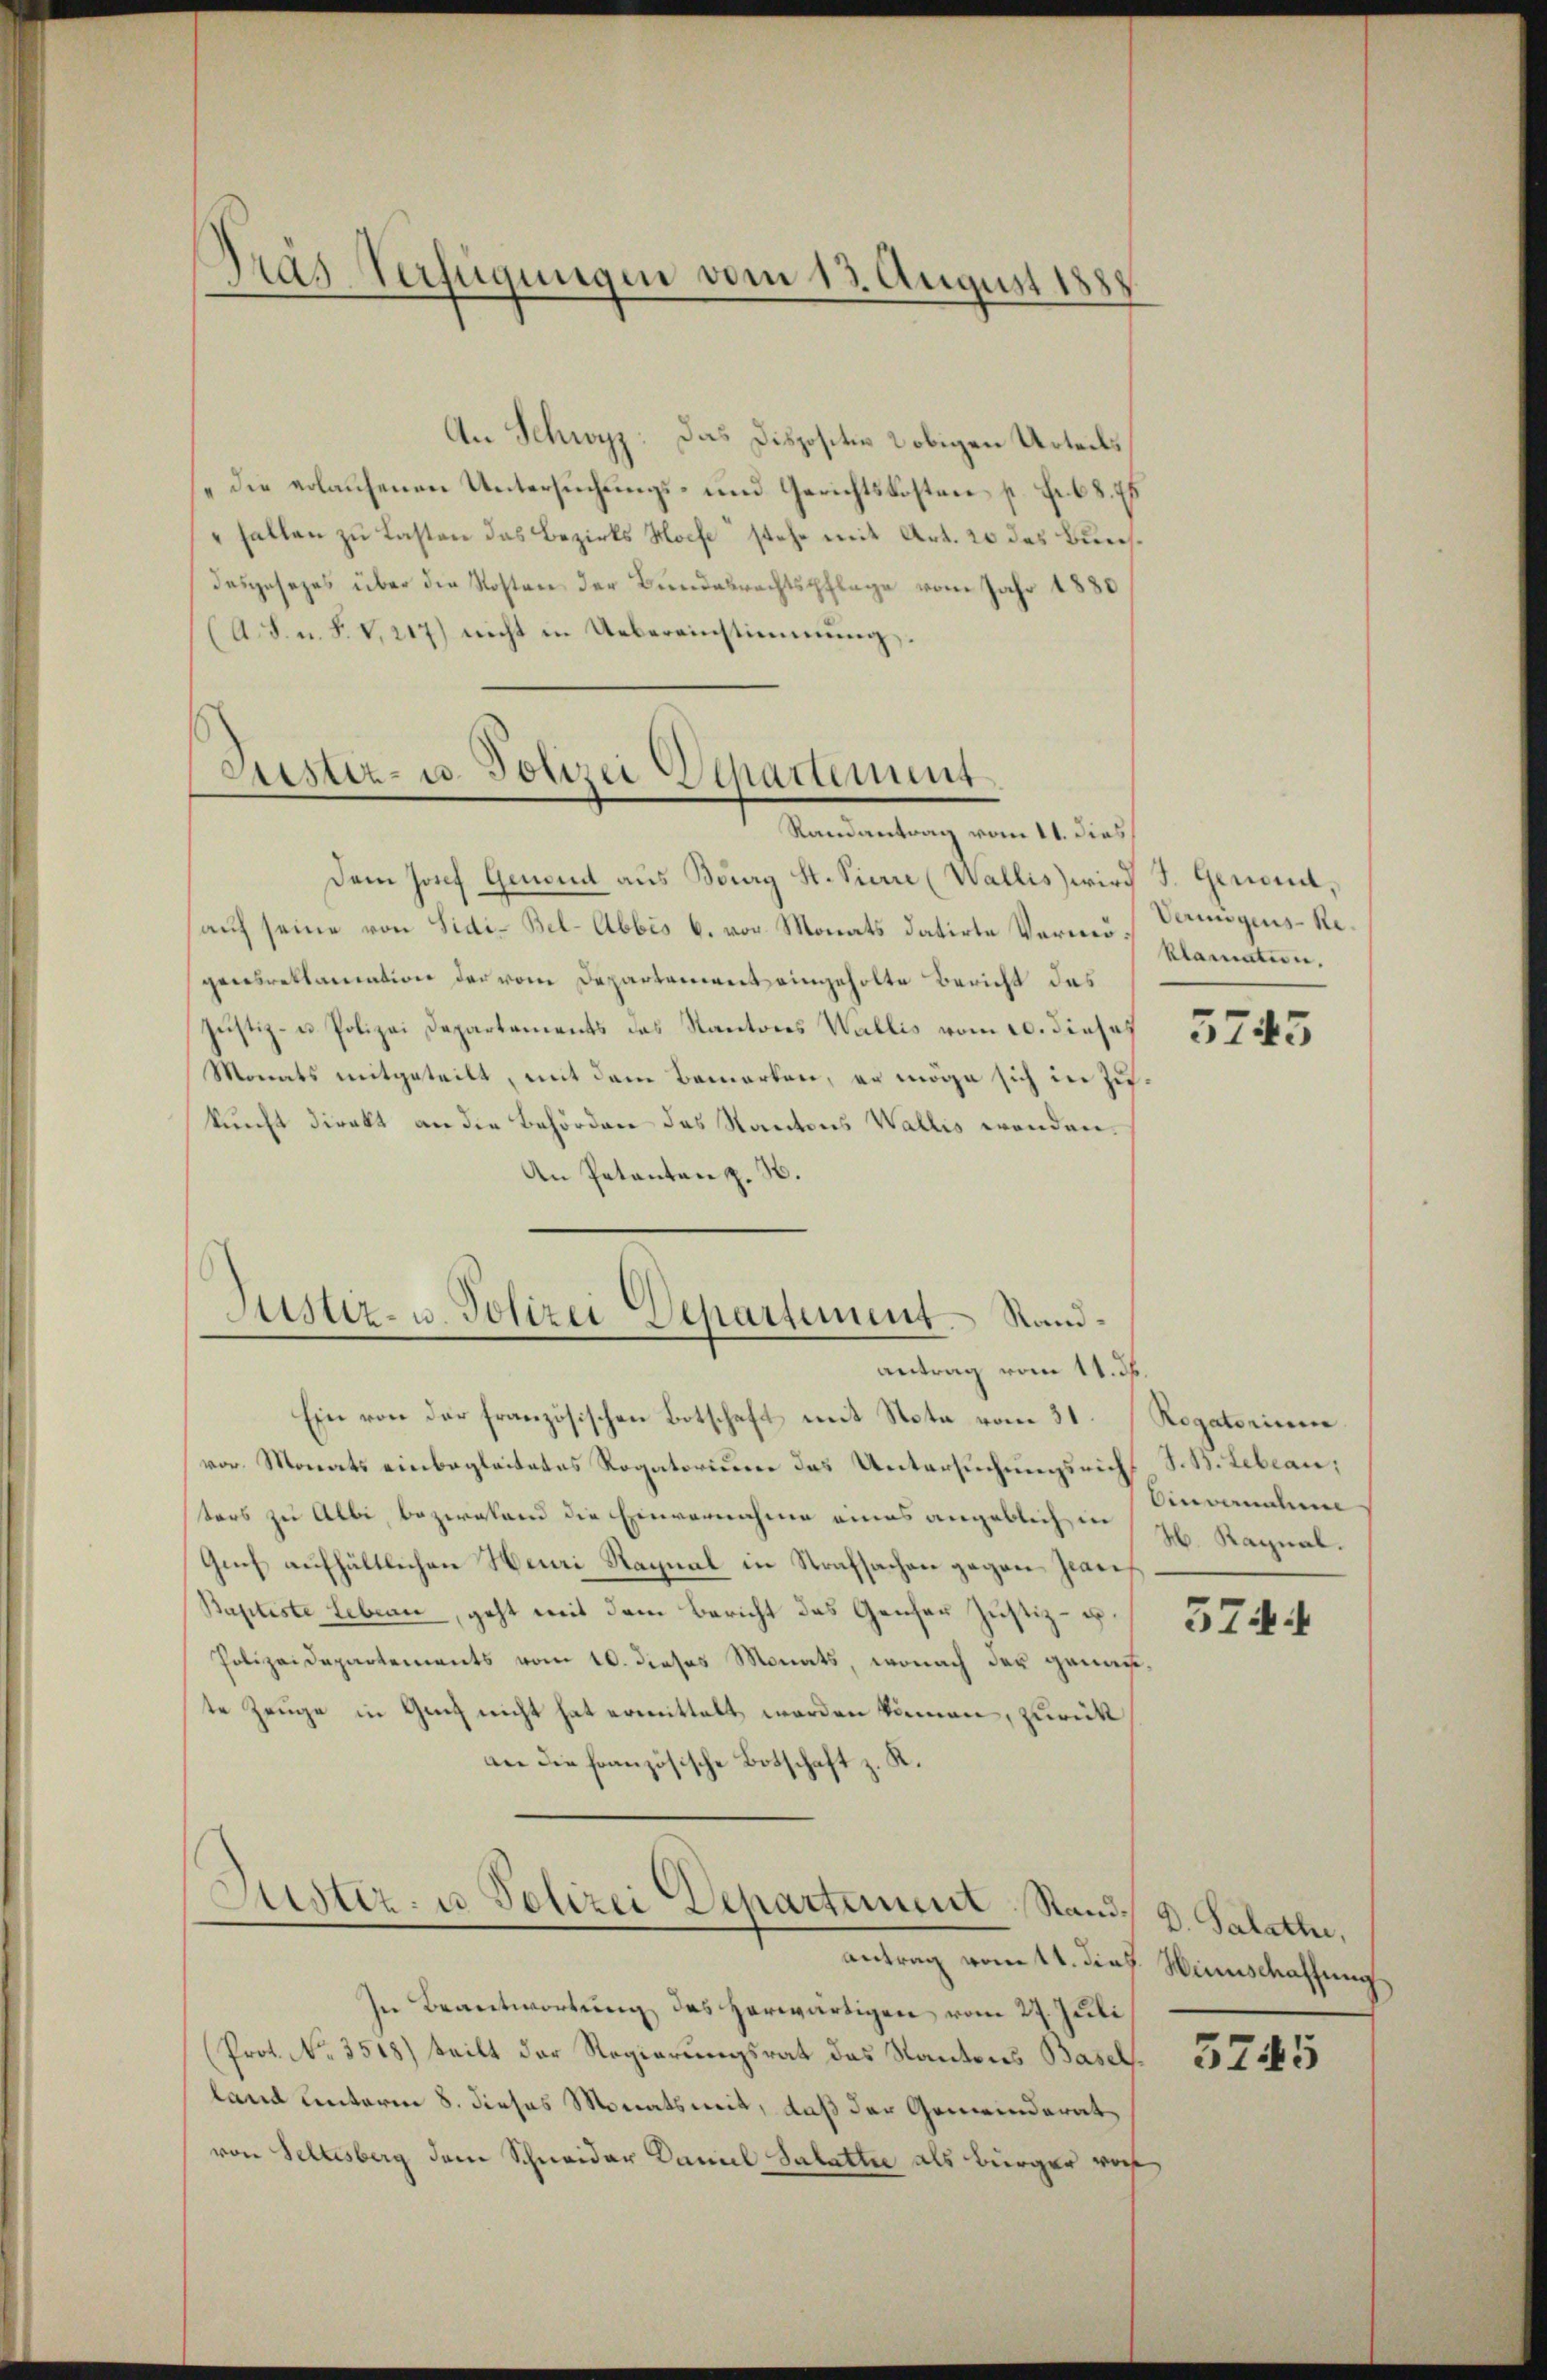
Dras Verfügungen vom 13. August 1888

An Schwyz: Das Dispositiv 2 obigen Urteils
die erlaufenen Untersuchungs- und Gerichtskosten, s. Fr. 68. 7
Fallen zu Lasten das Bezirks Hofe stehe mit Art. 20 das Bursdesgesezes über die Kosten der Bundesrechtspflege vom Jahr 1880
(A. F. u. F. V, 217) nicht in Uebereinstimmung,

Lister- u. Polizei Departement
Randantrag vom 11. dies

Dem Josef Genoud aus Bourg St. Pierre (Wallis wird J. Gerand,
auf seine von Sidi-Bel-Abbis 6. vor Monats datirte Vermeis plamation.
gensreklamation der vom Departenweit eingeholte Bericht das
Justiz- u. Polizei Departaments das Kantons Wallis vom 20. dieses
Monats mitgeteilt, mit dem Bemerken, er möge sich in Zukunft direkt an die Behörden des Kantons Wallis wenden.
An Petenten z. B.

Justiz- u. Polizei Departement. Standantrag vom 11. ds.

Vermögens-Re¬

Ein von der französischen Botschaft mit Nota vom 31. Rogatorium
vor. Monats einbegleitetes Rogatorium das Untersuchungsricht S. B. Lebean,
ters zu Albi, bezielend die Einvernahme eines angeblichen H. Ragnal¬
Guch aufhältlichen Heuri Nagnal in Strafsachen gegen Jean
Baptiste Leben, geht mit dem Bericht das Genfer Justiz- u.
Polizeidepartements vom 10. dieses Monats, wonach der genaute Zeuge in Ging nicht hat ermittelt werden können, zurück
an die französische Botschaft z. K.
Justiz- u. Polizei Departement Stand. D. Salathe,
antrag vom 14. dies Winschaffung,
In Beantwortung des herwärtigen vom 27. Juli
Prot. No. 3518) teilt der Regierungsrat das Kantons Basel.
land unterm 8. dieses Monatsweit, daß der Gemeinderat
von Seltesberg dem Schneider Kamel Salattre als Bürger von

5745

Sinvernahme

3744

3745